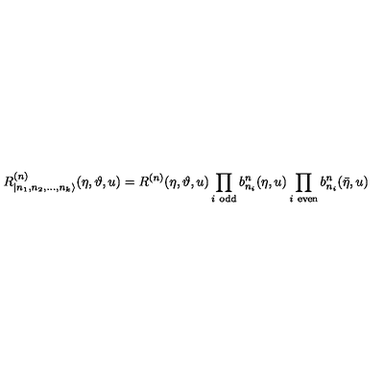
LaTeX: R _ { | n _ { 1 } , n _ { 2 } , \dots , n _ { k } \rangle } ^ { ( n ) } ( \eta , \vartheta , u ) = R ^ { ( n ) } ( \eta , \vartheta , u ) \prod _ { i \textrm { } \mathrm { o d d } } b _ { n _ { i } } ^ { n } ( \eta , u ) \prod _ { i \textrm { } \mathrm { e v e n } } b _ { n _ { i } } ^ { n } ( \bar { \eta } , u ) \,